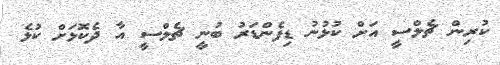
ކުރިން ޗެލްސީ އަށް ކުޅުނު ޑިފެންޑަރު ބުނީ ޗެލްސީ އާ ދެކޮޅަށް ކުޅެ